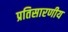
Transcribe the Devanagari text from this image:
प्रतिसारणीय